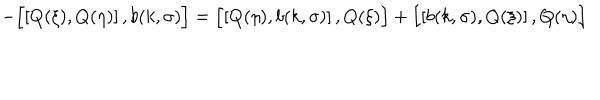
LaTeX: - \Bigl [ \left[ Q ( \xi ) , Q ( \eta ) \right] , b ( k , \sigma ) \Bigr ] = \Bigl [ \left[ Q ( \eta ) , b ( k , \sigma ) \right] , Q ( \xi ) \Bigr ] + \Bigl [ \left[ b ( k , \sigma ) , Q ( \xi ) \right] , Q ( \eta ) \Bigr ]